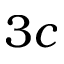
3 c